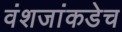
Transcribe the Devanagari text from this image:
वंशजांकडेच